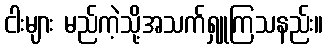
ငါးများ မည်ကဲ့သို့အသက်ရှူကြသနည်း။